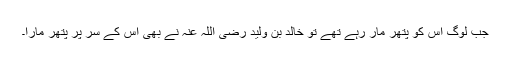
جب لوگ اس کو پتھر مار رہے تھے تو خالد بن ولید رضی اللہ عنہ نے بھی اس کے سر پر پتھر مارا۔